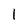
Character: 1